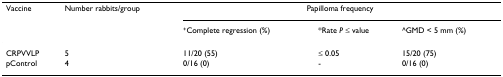
<table><thead><tr><td><b>Vaccine</b></td><td><b>Number rabbits/group</b></td><td colspan="3"><b>Papilloma frequency</b></td></tr><tr><td></td><td></td><td><b><sup>+</sup>Complete regression (%)</b></td><td><b>*Rate <i>P </i>≤ value</b></td><td><b>^GMD &lt; 5 mm (%)</b></td></tr></thead><tbody><tr><td>CRPVVLP</td><td>5</td><td>11/20 (55)</td><td>≤ 0.05</td><td>15/20 (75)</td></tr><tr><td>pControl</td><td>4</td><td>0/16 (0)</td><td>-</td><td>0/16 (0)</td></tr></tbody></table>